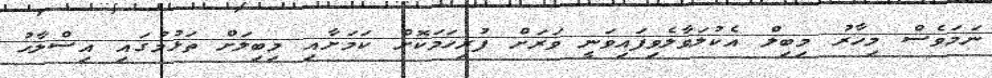
ނަމަވެސް މިހާރު މިބިލް އެކުލަވާލެވިފައިވަނީ ވަރަށް ފުރިހަމަކޮށް ކަމަށާއި މިބިލަށް ތަޅުމުގައި އިސްލާހު